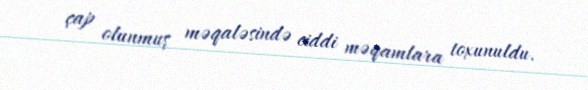
çap olunmuş məqaləsində ciddi məqamlara toxunuldu.